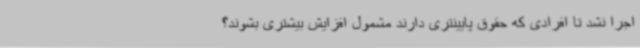
اجرا نشد تا افرادی که حقوق پایینتری دارند مشمول افزایش بیشتری بشوند؟